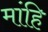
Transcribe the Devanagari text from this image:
मांहि